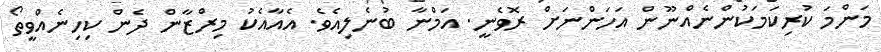
މަންމަ ކުރިކަމަކުންނެއްނޫން އަހަންނަށް ރޮވެނީ. އަމްނާ ބުނެލިއެވެ. އެއާއެކު މިރްޒާން ދެން ކިހިނެއްވީތޯ